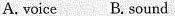
A.voice B. Sound